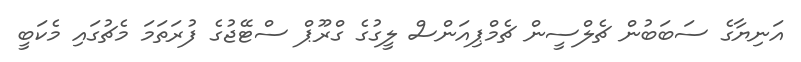
އަނިޔާގެ ސަބަބުން ޗެލްސީން ޗެމްޕިއަންސް ލީގުގެ ގްރޫޕް ސްޓޭޖުގެ ފުރަތަމަ މެޗުގައި މެކަބީ